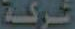
شركة